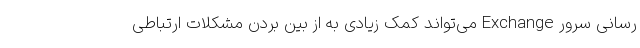
رسانی سرور Exchange می‌تواند کمک زیادی به از بین بردن مشکلات ارتباطی